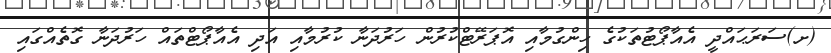
(ށ)ސަރަޙައްދީ އެއާޕޯޓުތަކުގެ ހިންގުމާއި އޮޕަރޭޓްކުރުން ހަރުދަނާ ކުރުމާއި އަދި އެއާޕޯޓްތައް ހަރުދަނާ ގޮތެއްގައި